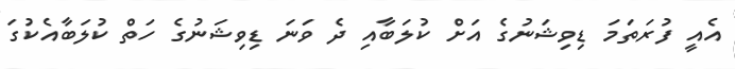
އެއީ ފުރަތަމަ ޑިވިޝަނުގެ އަށް ކުލަބާއި ދެ ވަނަ ޑިވިޝަނުގެ ހަތް ކުލަބާއެކުގަ